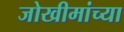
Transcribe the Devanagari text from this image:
जोखीमांच्या